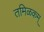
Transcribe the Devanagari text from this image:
तमिळकम्‌